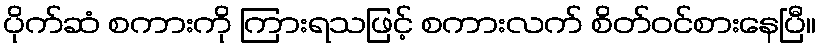
ပိုက်ဆံ စကားကို ကြားရသဖြင့် စကားလက် စိတ်ဝင်စားနေပြီ။